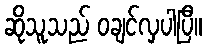
ဆိုသူသည် ဝချင်လှပါပြီ။